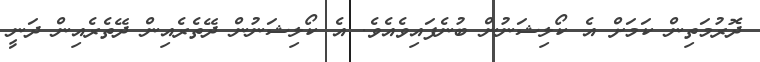
ދޮރުމަތިން ކަމަށް އެ ކޯލިޝަަނުން ބުނެފައިވެއެވެ. އެ ކޯލިޝަނުން ދޭތެރެއިން ދޭތެރެއިން ދަނީ